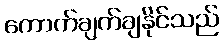
ကောက်ချက်ချနိုင်သည်